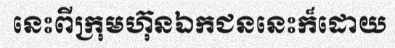
នេះពីក្រុមហ៊ុនឯកជននេះក៏ដោយ